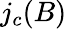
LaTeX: j_{c}(B)